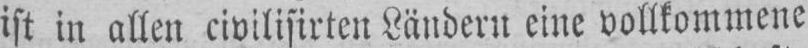
ist in allen civilisirten Ländern eine vollkommene